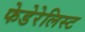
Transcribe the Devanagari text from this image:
फेडेरेलिस्ट